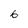
Character: 6